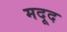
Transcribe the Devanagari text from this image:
मदूद